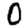
Digit: 0